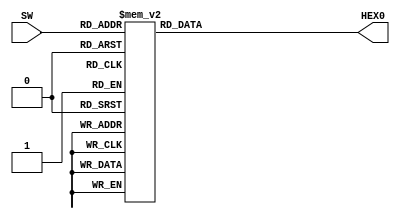
module decodificadorComportamental(SW,HEX0);

	input [3:0]SW;
	output reg [0:6]HEX0; // tem que ser reg

	always@(*)
	begin

		case(SW)						//  abcdefg 
			4'b0000 : HEX0[0:6] = 7'b0000001; // 0
			4'b0001 : HEX0[0:6] = 7'b1001111; // 1
			4'b0010 : HEX0[0:6] = 7'b0010010; // 2
			4'b0011 : HEX0[0:6] = 7'b0000110; // 3
			4'b0100 : HEX0[0:6] = 7'b1001100; // 4
			4'b0101 : HEX0[0:6] = 7'b0100100; // 5
			4'b0110 : HEX0[0:6] = 7'b0100000; // 6
			4'b0111 : HEX0[0:6] = 7'b0001111; // 7
			4'b1000 : HEX0[0:6] = 7'b0000000; // 8
			4'b1001 : HEX0[0:6] = 7'b0000100; // 9
			default : HEX0[0:6] = 7'b1111111; // 10+
		endcase
	end

endmodule